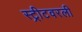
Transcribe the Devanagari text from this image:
स्ट्रीटवरली